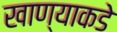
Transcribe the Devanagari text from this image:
खाण्याकडे